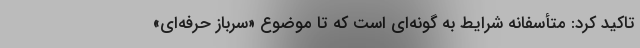
تاکید کرد: متأسفانه شرایط به گونه‌ای است که تا موضوع «سرباز حرفه‌ای»